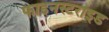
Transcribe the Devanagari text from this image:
फाइनस्टराइड